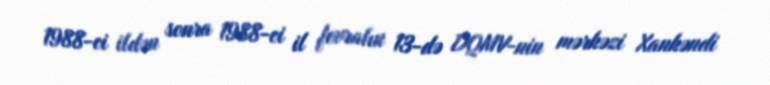
1988-ci ildən sonra 1988-ci il fevralın 13-də DQMV-nin mərkəzi Xankəndi